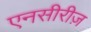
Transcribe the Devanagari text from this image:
एनसीरीज़